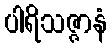
ပါရိသဇ္ဇာနံ